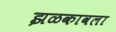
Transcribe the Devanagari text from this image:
झळकावला